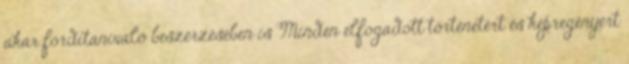
akár fordítanivaló beszerzésében is Minden elfogadott történetért és képregényért